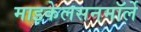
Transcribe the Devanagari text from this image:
माइकेलसनमॉर्ले